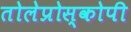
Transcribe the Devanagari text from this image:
तोलेप्रोस्कोपी